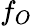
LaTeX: f_{O}